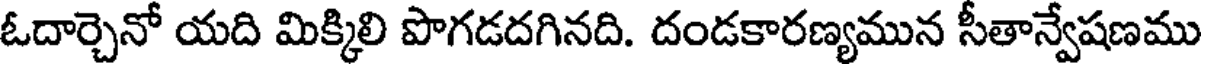
ఓదార్చెనో యది మిక్కిలి పొగడదగినది. దండకారణ్యమున సీతాన్వేషణము